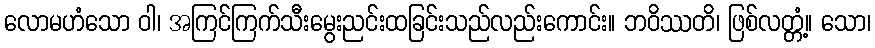
လောမဟံသော ဝါ၊ အကြင်ကြက်သီးမွေးညင်းထခြင်းသည်လည်းကောင်း။ ဘဝိဿတိ၊ ဖြစ်လတ္တံ့။ သော၊